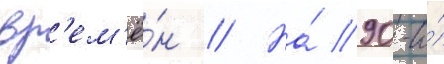
вр'ем'ё́н // На́ 90-и́